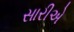
સારીએ